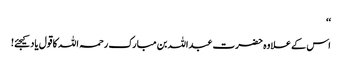
‘‘
اس کے علاوہ حضرت عبداللہ بن مبارک رحمہ اللہ کا قول یاد کیجئے!